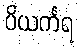
ပိယင်္ကရ